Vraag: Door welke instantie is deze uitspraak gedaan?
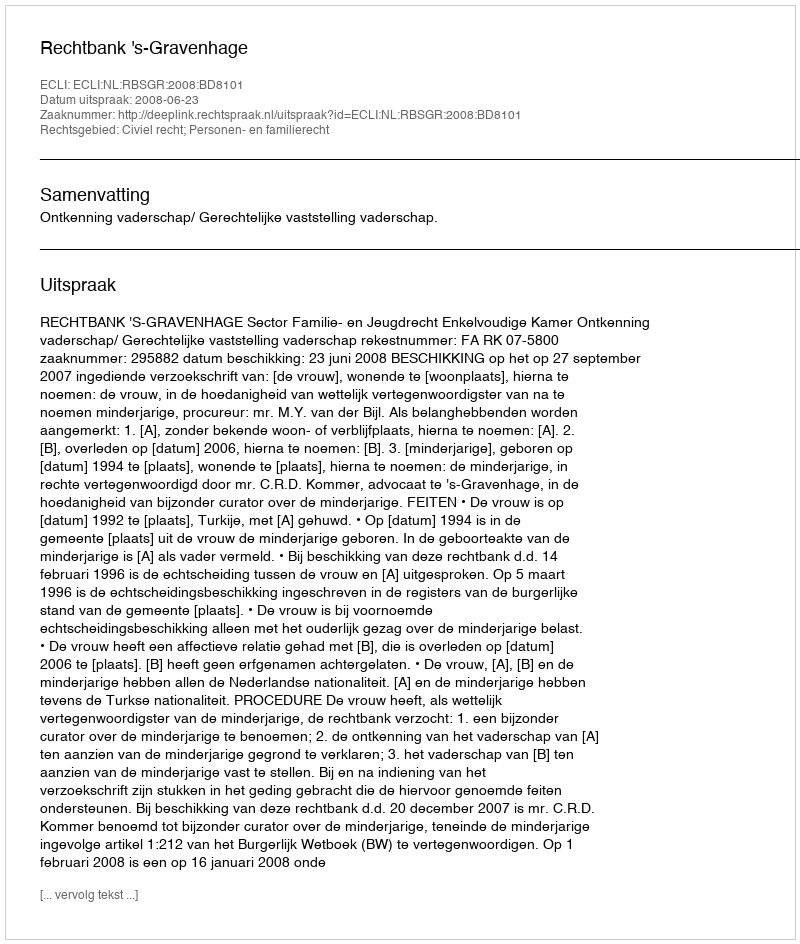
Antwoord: Rechtbank 's-Gravenhage